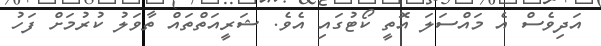
އަދިވެސް އެ މައްސަލަ އޮތީ ކޯޓުގައި އެވެ. ޝަރީއަތްތައް ތާވަލު ކުރުމަށް ފަހު